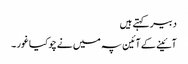
دبیر کہتے ہیں
آئینے کے آئین پہ میں نے چوکیا غور ۔